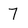
Character: 7